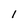
Character: I